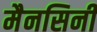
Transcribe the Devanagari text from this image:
मैनसिनी